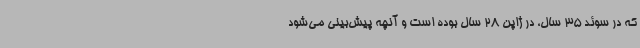
که در سوئد 35 سال، در ژاپن 28 سال بوده است و آنچه پیش‌بینی می‌شود